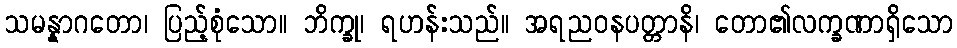
သမန္နာဂတော၊ ပြည့်စုံသော။ ဘိက္ခု၊ ရဟန်းသည်။ အရညဝနပတ္တာနိ၊ တော၏လက္ခဏာရှိသော